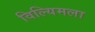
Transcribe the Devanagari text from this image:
विल्यिमला